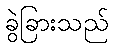
ခွဲခြားသည်